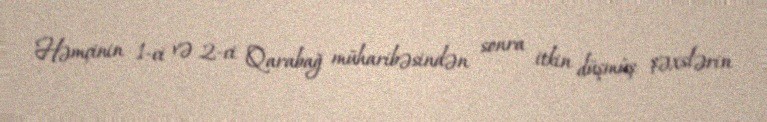
Həmçinin 1-ci və 2-ci Qarabağ müharibəsindən sonra itkin düşmüş şəxslərin